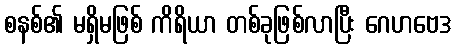
စနစ်၏ မရှိမဖြစ် ကိရိယာ တစ်ခုဖြစ်လာပြီး ဂေဟဗေဒ